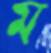
ম